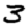
Digit: 3